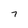
Character: 7